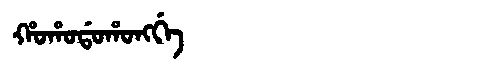
Manchu: ᡥᠣᡥᠣᡩᠣᡥᠣᠩᡤᡝ
Romanization: HOHODOHONGGE